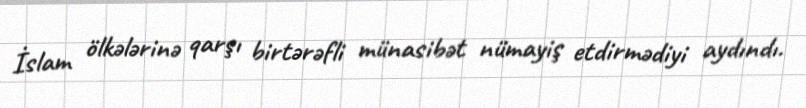
İslam ölkələrinə qarşı birtərəfli münasibət nümayiş etdirmədiyi aydındı.